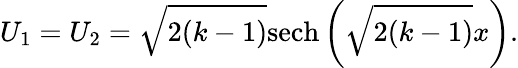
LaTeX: U_{1}=U_{2}=\sqrt{2(k-1)}\mathrm{sech}\left(\sqrt{2(k-1)}x\right).